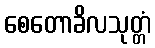
စေတောခိလသုတ္တံ